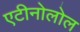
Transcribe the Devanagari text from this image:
एटीनोलोल